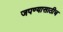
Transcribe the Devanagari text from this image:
जपण्यासाठीच